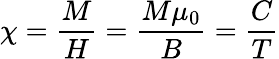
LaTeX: \chi={\frac{M}{H}}={\frac{M\mu_{0}}{B}}={\frac{C}{T}}